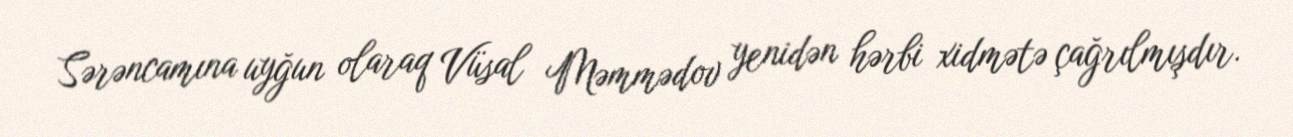
Sərəncamına uyğun olaraq Vüsal Məmmədov yenidən hərbi xidmətə çağrılmışdır.